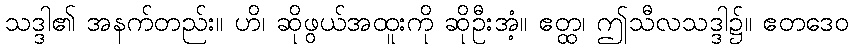
သဒ္ဒါ၏ အနက်တည်း။ ဟိ၊ ဆိုဖွယ်အထူးကို ဆိုဦးအံ့။ ဧတ္ထ၊ ဤသီလသဒ္ဒါ၌။ ဧတဒေဝ